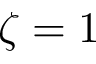
\zeta = 1